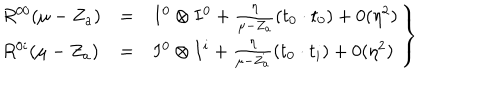
\left. \begin{array} { l c l } { { R ^ { 0 0 } ( \mu - Z _ { a } ) } } & { { = } } & { { I ^ { 0 } \otimes I ^ { 0 } + \frac { \eta } { \mu - Z _ { a } } ( t _ { 0 } \cdot t _ { 0 } ) + 0 ( \eta ^ { 2 } ) } } \\ { { R ^ { 0 i } ( \mu - Z _ { a } ) } } & { { = } } & { { I ^ { 0 } \otimes I ^ { i } + \frac { \eta } { \mu - Z _ { a } } ( t _ { 0 } \cdot t _ { i } ) + 0 ( \eta ^ { 2 } ) } } \\ \end{array} \right\}